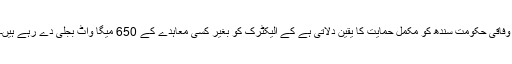
وفاقی حکومت سندھ کو مکمل حمایت کا یقین دلاتی ہے کے الیکٹرک کو بغیر کسی معاہدے کے 650 میگا واٹ بجلی دے رہے ہیں۔